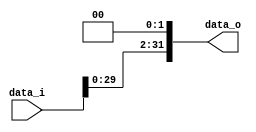
//Subject:      CO project 2 - Shift_Left_Two_32
//--------------------------------------------------------------------------------
//Version:     1
//--------------------------------------------------------------------------------
//Description: 
//--------------------------------------------------------------------------------

module Shift_Left_Two_32(
    data_i,
    data_o
    );

//I/O ports                    
input [32-1:0] data_i;
output [32-1:0] data_o;

//shift left 2

assign data_o={data_i[29:0],2'b0};
     
endmodule